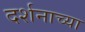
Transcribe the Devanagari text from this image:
दर्शनाच्या